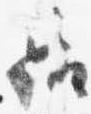
居